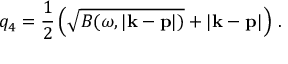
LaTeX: q _ { 4 } = { \frac { 1 } { 2 } } \left( \sqrt { B ( \omega , | { \bf k } - { \bf p } | ) } + | { \bf k } - { \bf p } | \right) \, .